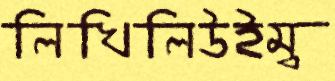
লিখিলিউইম্ব